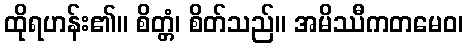
ထိုရဟန်း၏။ စိတ္တံ၊ စိတ်သည်။ အမိဿီကတမေဝ၊